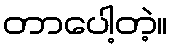
တာပေါ့တဲ့။